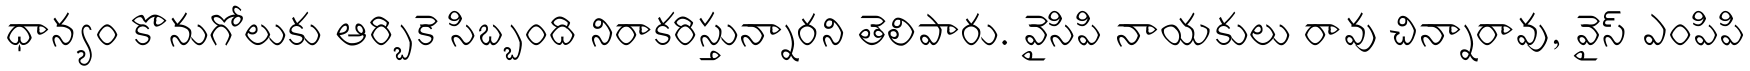
ధాన్యం కొనుగోలుకు ఆర్బికె సిబ్బంది నిరాకరిస్తున్నారని తెలిపారు. వైసిపి నాయకులు రావు చిన్నారావు, వైస్ ఎంపిపి